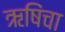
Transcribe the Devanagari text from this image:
ऋषिंचा